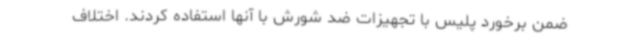
ضمن برخورد پلیس با تجهیزات ضد شورش با آنها استفاده کردند. اختلاف